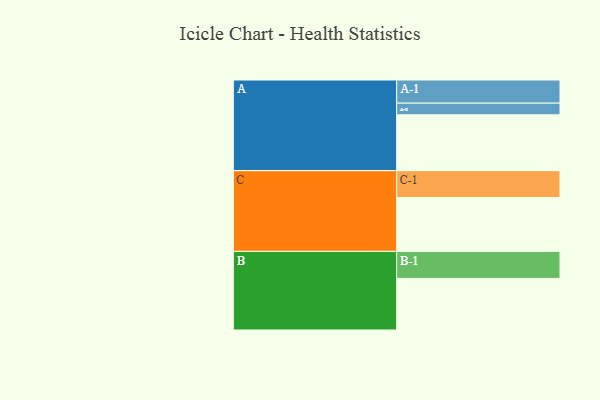
{"axis": {"x": "Segment", "y": "Value"}, "legend": ["", "A", "B", "C"], "data": [{"x": "A", "y": 575, "type": ""}, {"x": "B", "y": 531, "type": ""}, {"x": "C", "y": 553, "type": ""}, {"x": "A-1", "y": 238, "type": "A"}, {"x": "A-2", "y": 120, "type": "A"}, {"x": "B-1", "y": 278, "type": "B"}, {"x": "C-1", "y": 277, "type": "C"}]}